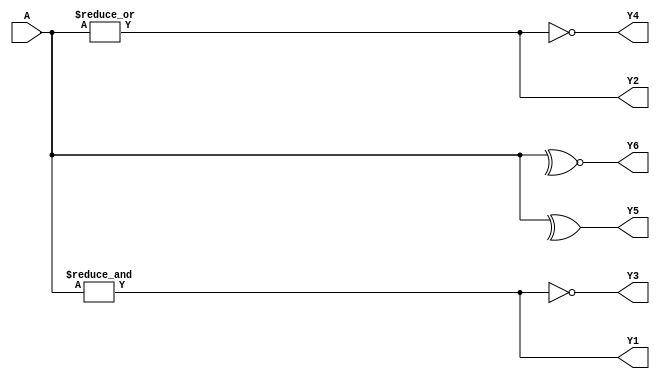
module Reduction (A, Y1, Y2, Y3, Y4, Y5, Y6);

 

                 input [3:0] A;

                 output Y1, Y2, Y3, Y4, Y5, Y6;

                 reg Y1, Y2, Y3, Y4, Y5, Y6;

 

                 always @(A)

                 begin

                                  Y1=&A; //reduction AND

                                  Y2=|A; //reduction OR

                                  Y3=~&A; //reduction NAND

                                  Y4=~|A; //reduction NOR

                                  Y5=^A; //reduction XOR

                                  Y6=~^A; //reduction XNOR

                 end

endmodule